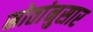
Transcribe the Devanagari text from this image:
स्रोतांनुसार